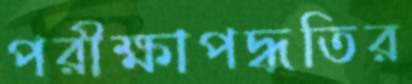
পরীক্ষাপদ্ধতির